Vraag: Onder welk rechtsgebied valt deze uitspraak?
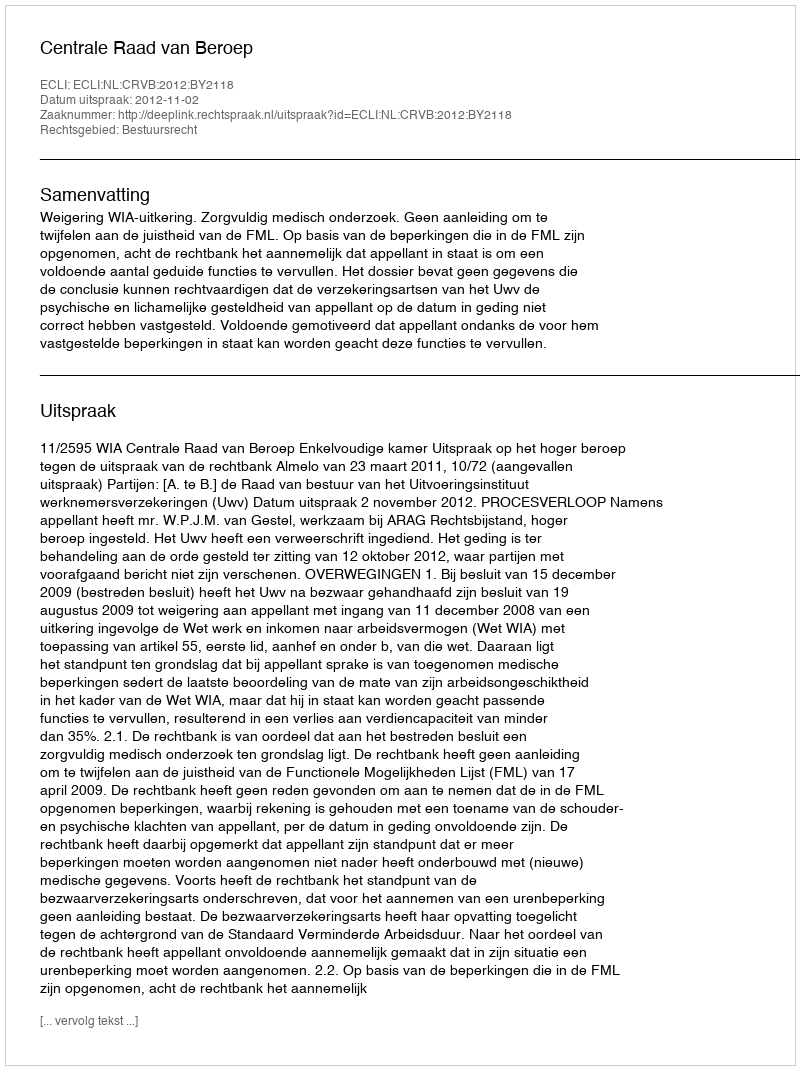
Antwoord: Bestuursrecht